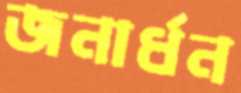
জনার্ধন